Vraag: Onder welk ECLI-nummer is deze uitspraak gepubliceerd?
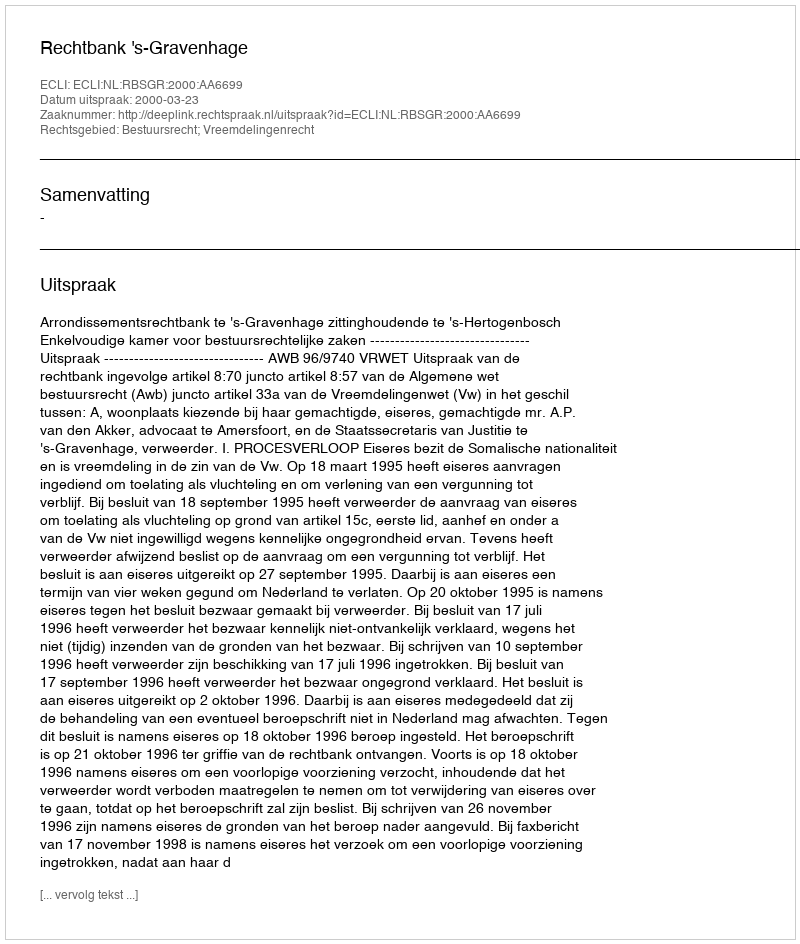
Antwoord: ECLI:NL:RBSGR:2000:AA6699